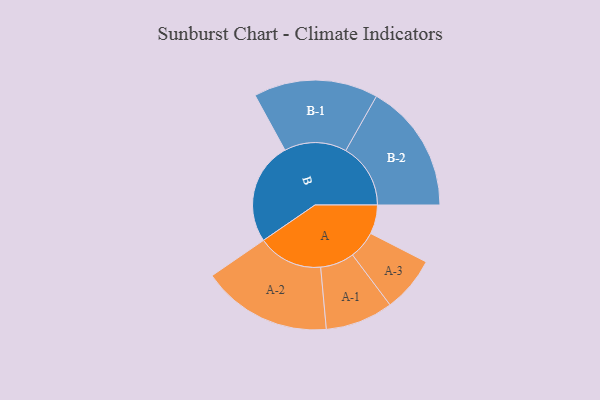
{"axis": {"x": "Segment", "y": "Value"}, "legend": ["", "A", "B"], "data": [{"x": "A", "y": 123, "type": ""}, {"x": "B", "y": 435, "type": ""}, {"x": "A-1", "y": 144, "type": "A"}, {"x": "A-2", "y": 276, "type": "A"}, {"x": "A-3", "y": 118, "type": "A"}, {"x": "B-1", "y": 264, "type": "B"}, {"x": "B-2", "y": 275, "type": "B"}]}